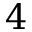
4